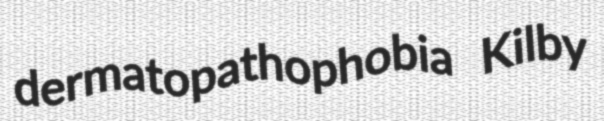
dermatopathophobia Kilby